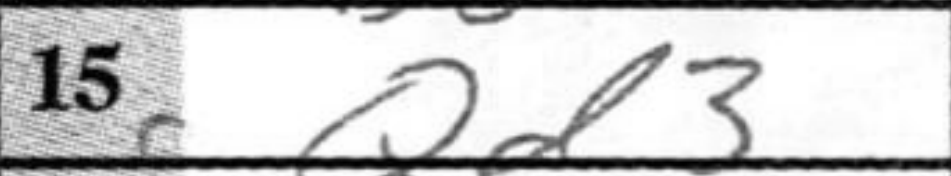
Transcription: Qd3